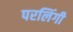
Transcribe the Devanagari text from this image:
परलिंगी